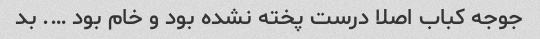
جوجه کباب اصلا درست پخته نشده بود و خام بود …. بد